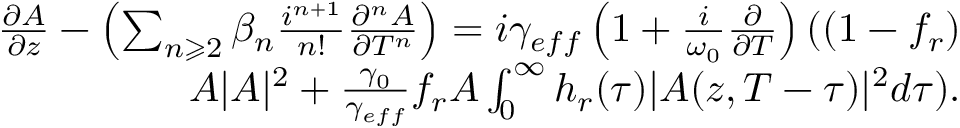
\begin{array} { r } { \frac { \partial A } { \partial z } - \left( \sum _ { n \geqslant 2 } \beta _ { n } \frac { i ^ { n + 1 } } { n ! } \frac { \partial ^ { n } A } { \partial T ^ { n } } \right) = i \gamma _ { e f f } \left( 1 + \frac { i } { \omega _ { 0 } } \frac { \partial } { \partial T } \right) ( \left( 1 - f _ { r } \right) } \\ { A | A | ^ { 2 } + \frac { \gamma _ { 0 } } { \gamma _ { e f f } } f _ { r } A \int _ { 0 } ^ { \infty } h _ { r } ( \tau ) | A ( z , T - \tau ) | ^ { 2 } d \tau ) . } \end{array}